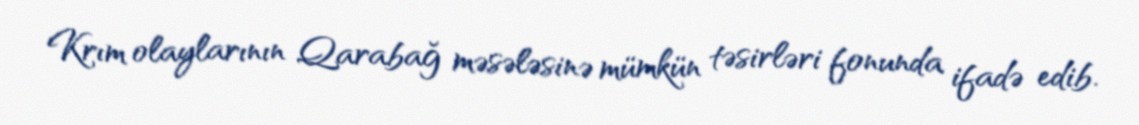
Krım olaylarının Qarabağ məsələsinə mümkün təsirləri fonunda ifadə edib.